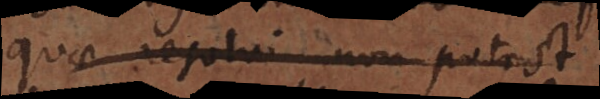
quae resolvi non potest